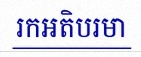
រកអតិបរមា